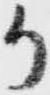
か